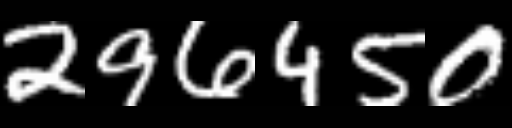
Text: 296450